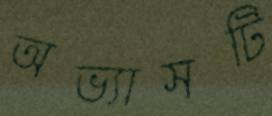
অভ্যাসটি